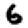
Digit: 6